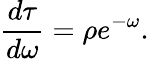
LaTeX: \frac{d\tau}{d\omega}=\rho e^{-\omega}.